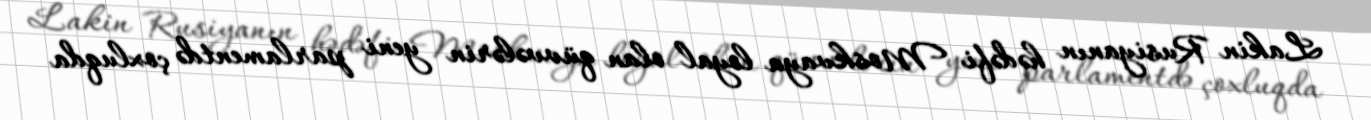
Lakin Rusiyanın hədəfi Moskvaya loyal olan qüvvələrin yeni parlamentdə çoxluqda